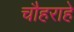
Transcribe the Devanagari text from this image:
चौहराहे